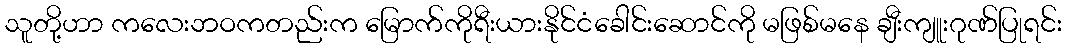
သူတို့ဟာ ကလေးဘဝကတည်းက မြောက်ကိုရီးယားနိုင်ငံခေါင်းဆောင်ကို မဖြစ်မနေ ချီးကျူးဂုဏ်ပြုရင်း